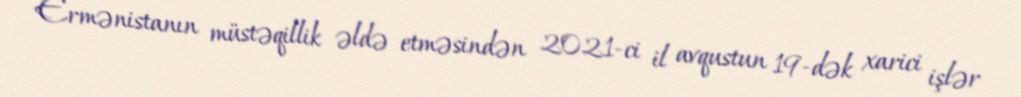
Ermənistanın müstəqillik əldə etməsindən 2021-ci il avqustun 19-dək xarici işlər